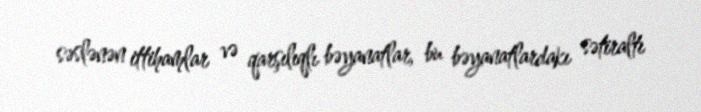
səslənən ittihamlar və qarşılıqlı bəyanatlar, bu bəyanatlardakı sətiraltı